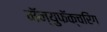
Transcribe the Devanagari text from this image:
मॅन्युफॅक्‍चरिंग